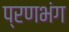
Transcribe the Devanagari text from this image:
प्रणभंग